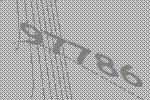
97786